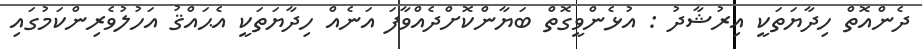
ދެންއޮތް ހިދާޔަތަކީ އިރުޝާދު : އުޅެންވީގޮތް ބަޔާންކޮށްދެއްވާފަ އަނެއް ހިދާޔަތަކީ އެޙައްޤު އަހުލުވެރިންކަމުގައި